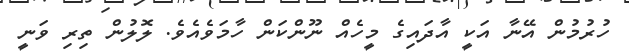
ހުރުމުން އޭނާ އަކީ އާދައިގެ މީހެއް ނޫންކަން ހާމަވެއެވެ. ލޮލުން ތިރި ވަނީ